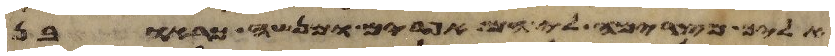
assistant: אליך מצרימה לי הם אפרים ומנשה כראובן